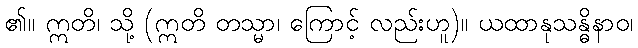
၏။ ဣတိ၊ သို့ (ဣတိ တသ္မာ၊ ကြောင့် လည်းဟူ)။ ယထာနုသန္ဓိနာဝ၊